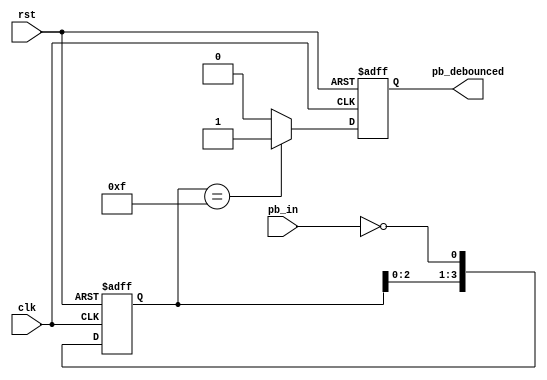
`timescale 1ns / 1ps
//////////////////////////////////////////////////////////////////////////////////
// Company: 
// Engineer: 
// 
// Design Name: 
// Module Name:    debounce 
// Project Name: 
// Target Devices: 
// Tool versions: 
// Description: 
//
// Dependencies: 
//
// Revision: 
// Revision 0.01 - File Created
// Additional Comments: 
//
//////////////////////////////////////////////////////////////////////////////////
module debounce(
    clk,
	 rst,
	 pb_in,
	 pb_debounced
    );
 
    input clk;
	 input rst;
	 input pb_in;
	 output reg pb_debounced;
	 
	 reg [3:0]debounce_window;
	 reg pb_debounced_next;
	 
	 always@(posedge clk or posedge rst)
	 if(rst)
	 debounce_window<=4'd0;
	 else
	 debounce_window<={debounce_window[2:0],~pb_in};
	 
	 always@*
	 if(debounce_window==4'b1111)
	 pb_debounced_next=1'b1;
	 else
	 pb_debounced_next=1'b0;
	 
	 always@(posedge clk or posedge rst)
	 if(rst)
	 pb_debounced<=1'b0;
	 else
	 pb_debounced<=pb_debounced_next;
	 
endmodule